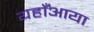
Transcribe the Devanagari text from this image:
यहाँआया